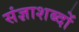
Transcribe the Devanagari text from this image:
संज्ञाशब्दों